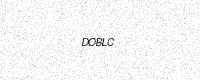
Text: DOBLC